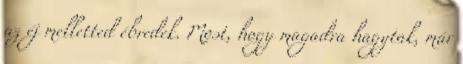
az éj melletted ébredek. Most, hogy magadra hagytak, már